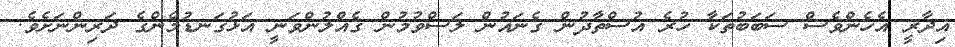
އިދާރީ އެހެންވެސް ސަބަބުތަކާ ހުރެ އުސްތާޛުން ގެނައުން ލަސްވުމުން ގެއްލުންވަނީ އަޅުގަނޑުމެންގެ ދަރިންނަށެވެ.